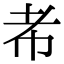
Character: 㠻